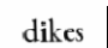
dikes